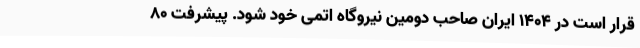
قرار است در 1404 ایران صاحب دومین نیروگاه اتمی خود شود. پیشرفت 80